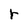
Character: r